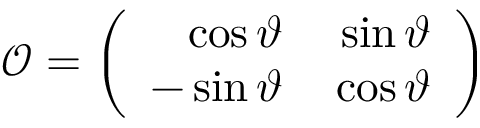
\mathcal { O } = \left( \begin{array} { r r } { { \displaystyle \cos \vartheta \null } } & { { \null \displaystyle \sin \vartheta } } \\ { { \displaystyle - \sin \vartheta \null } } & { { \null \displaystyle \cos \vartheta } } \end{array} \right)